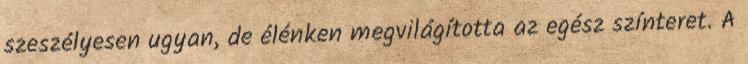
szeszélyesen ugyan, de élénken megvilágította az egész színteret. A